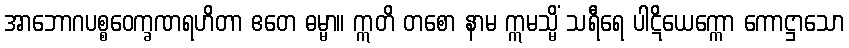
အာဘောဂပစ္စဝေက္ခဏရဟိတာ ဧတေ ဓမ္မာ။ ဣတိ တစော နာမ ဣမသ္မိံ သရီရေ ပါဋိယေက္ကော ကောဋ္ဌာသော